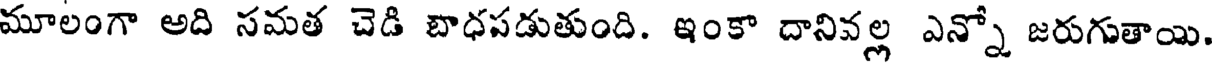
మూలంగా అది సమత చెడి బాధపడుతుంది. ఇంకా దానివల్ల ఎన్నో జరుగుతాయి.